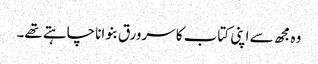
وہ مجھ سے اپنی کتاب کا سرورق بنوانا چاہتے تھے۔